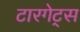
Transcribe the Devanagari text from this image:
टारगेट्स